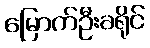
မြောက်ဦးခရိုင်